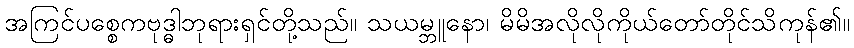
အကြင်ပစ္စေကဗုဒ္ဓါဘုရားရှင်တို့သည်။ သယမ္ဘူနော၊ မိမိအလိုလိုကိုယ်တော်တိုင်သိကုန်၏။